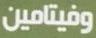
وفيتامين